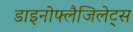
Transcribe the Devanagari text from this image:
डाइनोफ्लैजिलेट्स